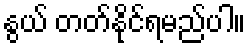
နွယ် တတ်နိုင်ရမည်ပါ။